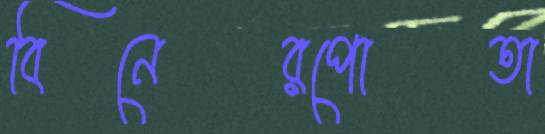
বিনেরপোতা